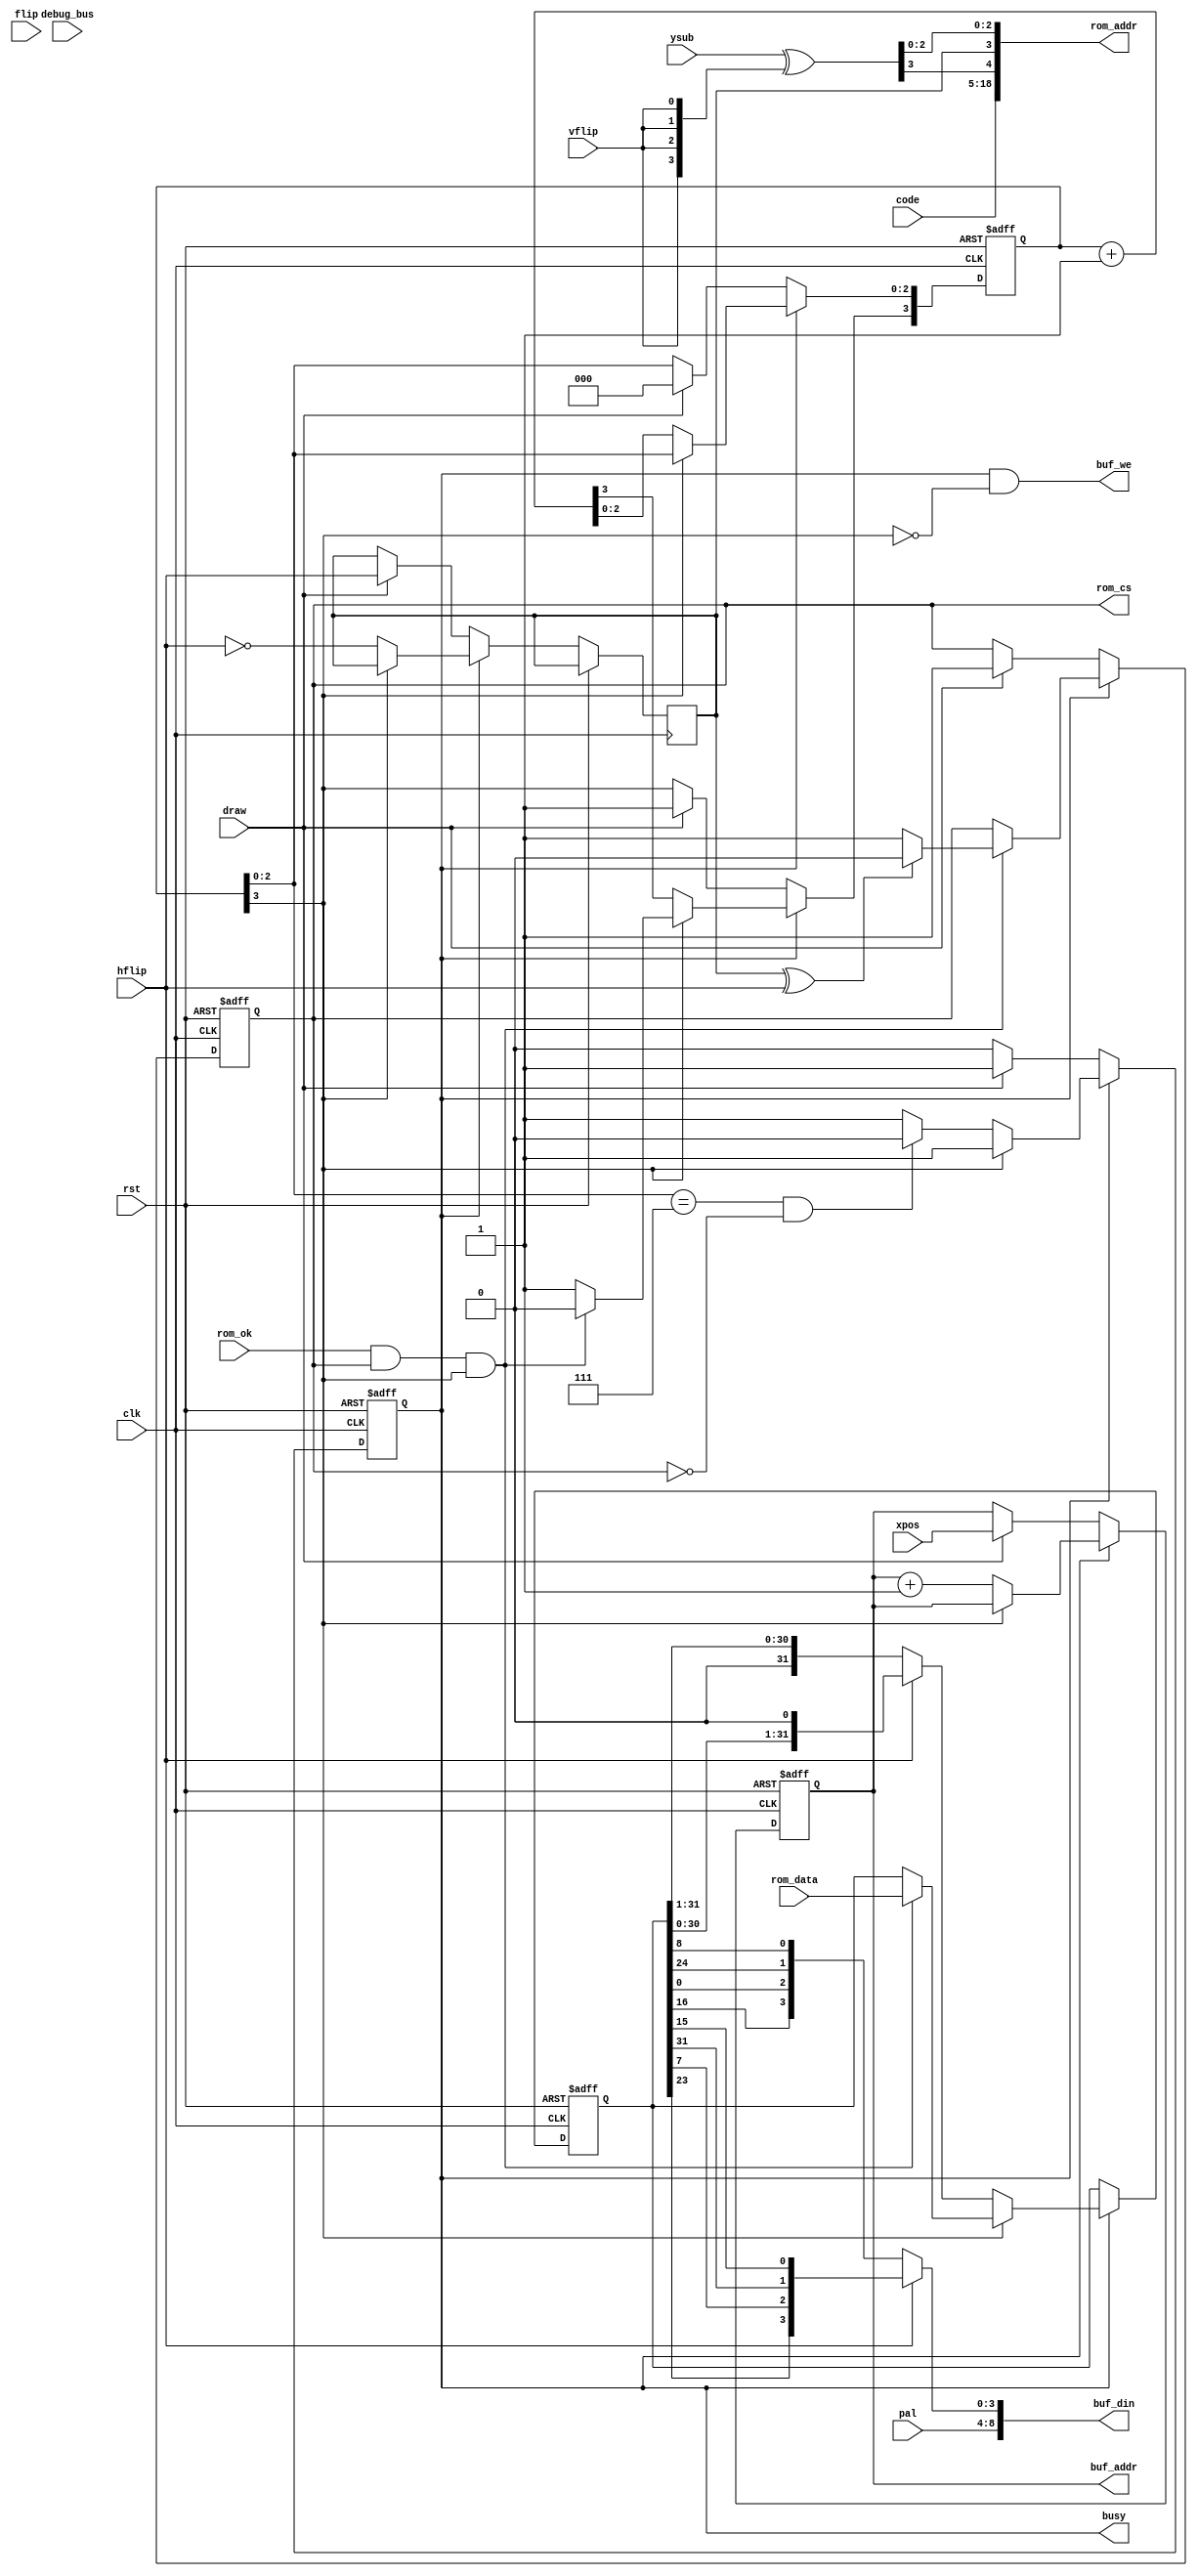
// This program was cloned from: https://github.com/jotego/jtcores
// License: GNU General Public License v3.0

/*  This file is part of JTCORES.
    JTCORES program is free software: you can redistribute it and/or modify
    it under the terms of the GNU General Public License as published by
    the Free Software Foundation, either version 3 of the License, or
    (at your option) any later version.

    JTCORES program is distributed in the hope that it will be useful,
    but WITHOUT ANY WARRANTY; without even the implied warranty of
    MERCHANTABILITY or FITNESS FOR A PARTICULAR PURPOSE.  See the
    GNU General Public License for more details.

    You should have received a copy of the GNU General Public License
    along with JTCORES.  If not, see <http://www.gnu.org/licenses/>.

    Author: Jose Tejada Gomez. Twitter: @topapate
    Version: 1.0
    Date: 7-11-2022 */

// This is tile map section of the SETA chip
// This one uses an independent line buffer
// from that of the sprites

module jtkiwi_draw(
    input               rst,
    input               clk,

    input               draw,
    output reg          busy,
    input      [13:0]   code,
    input      [ 8:0]   xpos,
    input      [ 3:0]   ysub,
    input               flip,

    input               hflip,
    input               vflip,
    input      [ 4:0]   pal,

    output     [20:2]   rom_addr,
    output reg          rom_cs,
    input               rom_ok,
    input      [31:0]   rom_data,

    output reg [ 8:0]   buf_addr,
    output              buf_we,
    output     [ 8:0]   buf_din,

    input      [ 7:0]   debug_bus
);

// Each tile is 16x16 and comes from the same ROM
// but it looks like the sprites have the two 8x16 halves swapped
parameter SWAP_HALVES = 1'b0;

reg  [31:0] pxl_data;
reg         rom_lsb;
reg  [ 3:0] cnt;
wire [ 3:0] ysubf, pxl_in;

assign ysubf    = ysub^{4{vflip}};
assign buf_din  = { pal, pxl_in };
assign pxl_in   = hflip ?
    { pxl_data[23], pxl_data[ 7], pxl_data[31], pxl_data[15] } :
    { pxl_data[16], pxl_data[ 0], pxl_data[24], pxl_data[ 8] };

    // { pxl_data[15], pxl_data[31], pxl_data[ 7], pxl_data[23] } :
    // { pxl_data[ 8], pxl_data[24], pxl_data[ 0], pxl_data[16] } };

assign rom_addr = { code, ysubf[3], rom_lsb^SWAP_HALVES, ysubf[2:0] };
assign buf_we   = busy & ~cnt[3];

always @(posedge clk, posedge rst) begin
    if( rst ) begin
        rom_cs   <= 0;
        buf_addr <= 0;
        pxl_data <= 0;
        busy     <= 0;
        cnt      <= 0;
    end else begin
        if( !busy ) begin
            if( draw ) begin
                rom_lsb  <= hflip; // 14+4 = 18 (+2=20)
                rom_cs   <= 1;
                buf_addr <= xpos;
                busy     <= 1;
                cnt      <= 8;
            end
        end else begin
            if( rom_ok && rom_cs && cnt[3]) begin
                pxl_data <= rom_data;
                cnt[3]   <= 0;
                if( rom_lsb^hflip ) begin
                    rom_cs <= 0;
                end else begin
                    rom_cs <= 1;
                end
            end
            if( !cnt[3] ) begin
                cnt      <= cnt+1'd1;
                buf_addr <= buf_addr+1'd1;
                pxl_data <= hflip ? pxl_data << 1 : pxl_data >> 1;
                rom_lsb  <= ~hflip;
                if( cnt[2:0]==7 && !rom_cs ) busy <= 0;
            end
        end
    end
end

endmodule